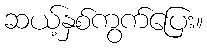
ဆယ့်နှစ်ကွက်ပြေး။